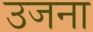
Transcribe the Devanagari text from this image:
उजना